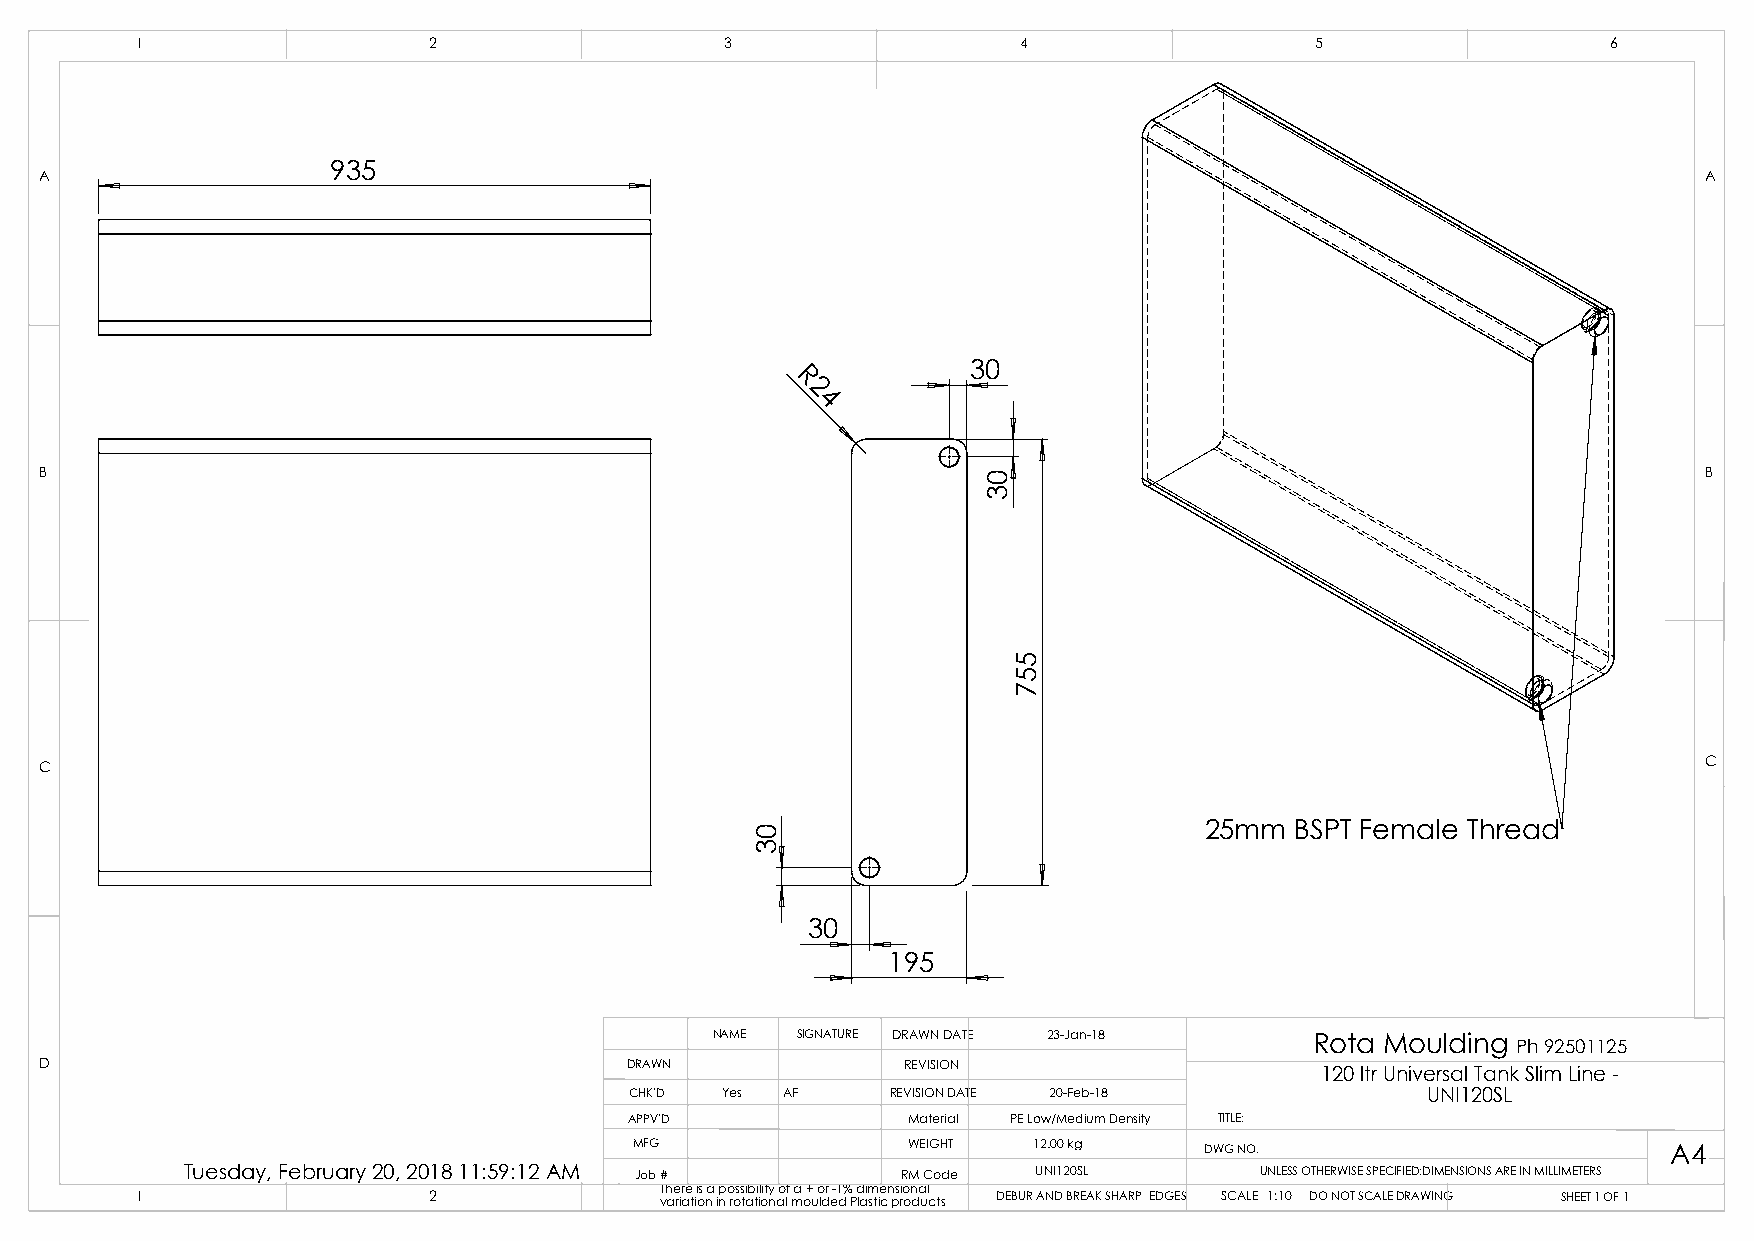
1                  2                   3                   4                  5                   6
 935
 A                                                                                                             A
 30
 R
 2
 4
 B                                                                                                             B
 C                                                                                                             C
 25mm  BSPT Female Thread
 30
 195
 NAME  SIGNATURE DRAWN DATE 23-Jan-18    Rota Moulding Ph 92501125
 D                                     DRAWN              REVISION
 120 ltr Universal Tank Slim Line -
 CHK'D Yes AF     REVISION DATE 20-Feb-18            UNI120SL
 APPV'D            Material PE Low/Medium Density TITLE:
 MFG               WEIGHT  12.00 kg    DWG NO.                        A4
 Tuesday, February 20, 2018 11:59:12 AM Job #    RM Code  UNI120SL      UNLESS OTHERWISE SPECIFIED:DIMENSIONS ARE IN MILLIMETERS
 1                  2               T vh ae rir ae t ii os na inp o ross ti ab ti il oity n ao lf ma o+ u o ldr e-1 d% P d laim stie cn psi ro on da ul c ts DEBUR AND BREAK SHARP EDGES SCALE 1:10 DO NOT SCALE DRAWING SHEET 1 OF 1
 03
 03
 557